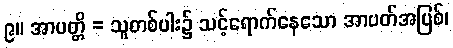
၉။ အာပတ္တိ = သူတစ်ပါး၌ သင့်ရောက်နေသော အာပတ်အပြစ်၊